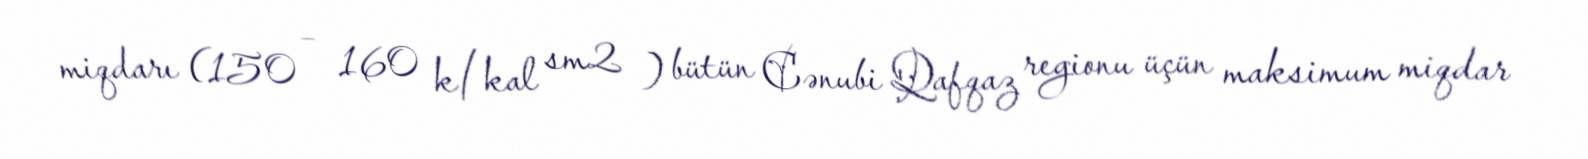
miqdarı (150 – 160 k/kal sm2 ) bütün Cənubi Qafqaz regionu üçün maksimum miqdar